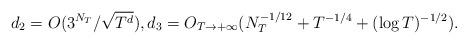
LaTeX: \begin{align*}d_2 = O(3^{N_T}/\sqrt{T^d}), d_3 =O_{T\to +\infty}(N_T^{-1/12} + T^{-1/4} + (\log T)^{-1/2}).\end{align*}